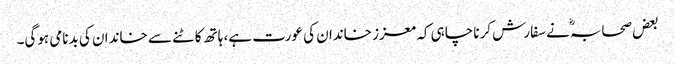
بعض صحابہؓ نے سفارش کرنا چاہی کہ معزز خاندان کی عورت ہے، ہاتھ کاٹنے سے خاندان کی بدنامی ہوگی۔